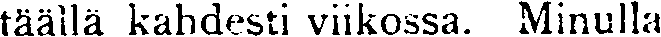
täällä kahdesti viikossa. Minulla